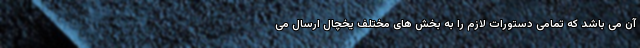
آن می باشد که تمامی دستورات لازم را به بخش های مختلف یخچال ارسال می